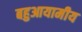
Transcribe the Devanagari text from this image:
बहुआयामीय